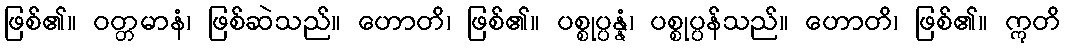
ဖြစ်၏။ ဝတ္တမာနံ၊ ဖြစ်ဆဲသည်။ ဟောတိ၊ ဖြစ်၏။ ပစ္စုပ္ပန္နံ၊ ပစ္စုပ္ပန်သည်။ ဟောတိ၊ ဖြစ်၏။ ဣတိ